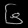
Digit: ၆